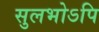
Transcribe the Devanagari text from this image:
सुलभोऽपि